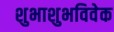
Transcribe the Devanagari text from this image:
शुभाशुभविवेक